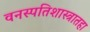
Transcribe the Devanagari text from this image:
वनस्पतिशास्त्रातहा